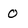
Character: 0